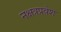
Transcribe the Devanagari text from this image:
नक्षत्रप्रवेश